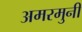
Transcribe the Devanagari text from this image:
अमरमुनी